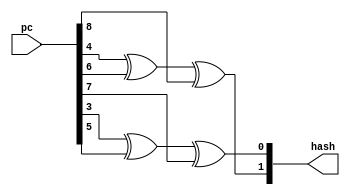
module rvbtb_addr_hash
(
  pc,
  hash
);

  input [31:1] pc;
  output [5:4] hash;
  wire [5:4] hash;
  wire N0,N1;
  assign hash[5] = N0 ^ pc[9];
  assign N0 = pc[5] ^ pc[7];
  assign hash[4] = N1 ^ pc[8];
  assign N1 = pc[4] ^ pc[6];

endmodule